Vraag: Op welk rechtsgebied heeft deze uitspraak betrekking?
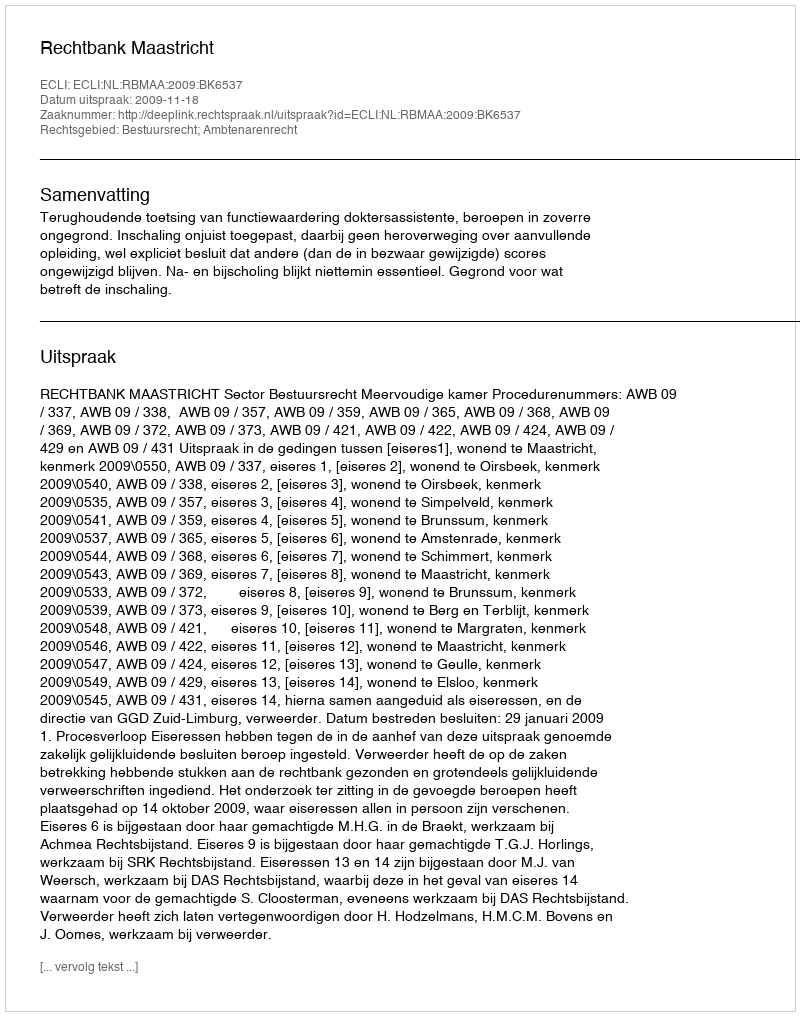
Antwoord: Bestuursrecht; Ambtenarenrecht